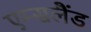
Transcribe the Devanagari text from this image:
एम्सलैंड